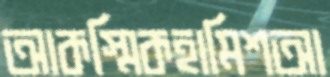
আকস্মিকহামিশআ